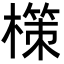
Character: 𭬂